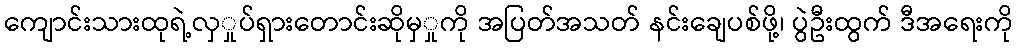
ကျောင်းသားထုရဲ့လှှုပ်ရှားတောင်းဆိုမှှုကို အပြတ်အသတ် နင်းချေပစ်ဖို့၊ ပွဲဦးထွက် ဒီအရေးကို